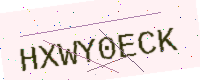
Text: HXWY0ECK